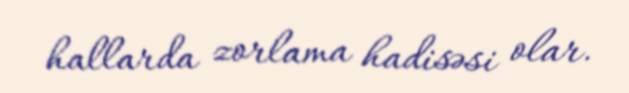
hallarda zorlama hadisəsi olar.